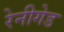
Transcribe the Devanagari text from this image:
रेनीगेड